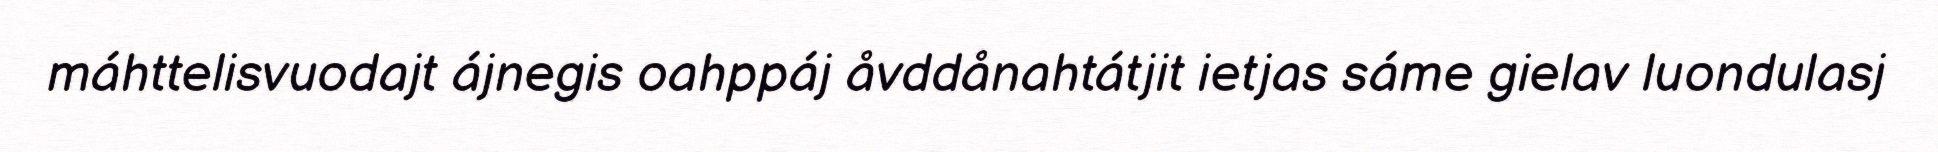
máhttelisvuodajt ájnegis oahppáj åvddånahtátjit ietjas sáme gielav luondulasj